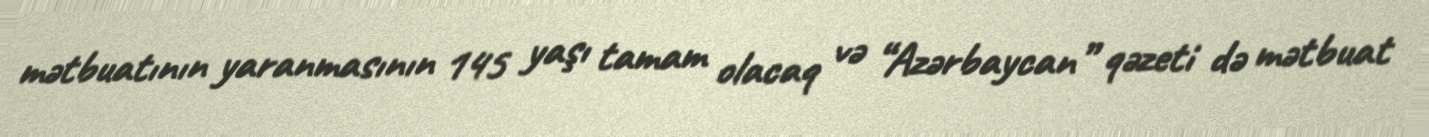
mətbuatının yaranmasının 145 yaşı tamam olacaq və “Azərbaycan” qəzeti də mətbuat